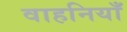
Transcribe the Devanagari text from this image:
वाहनियाँ